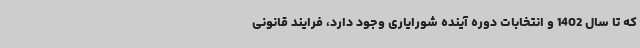
که تا سال 1402 و انتخابات دوره آینده شورایاری وجود دارد، فرایند قانونی